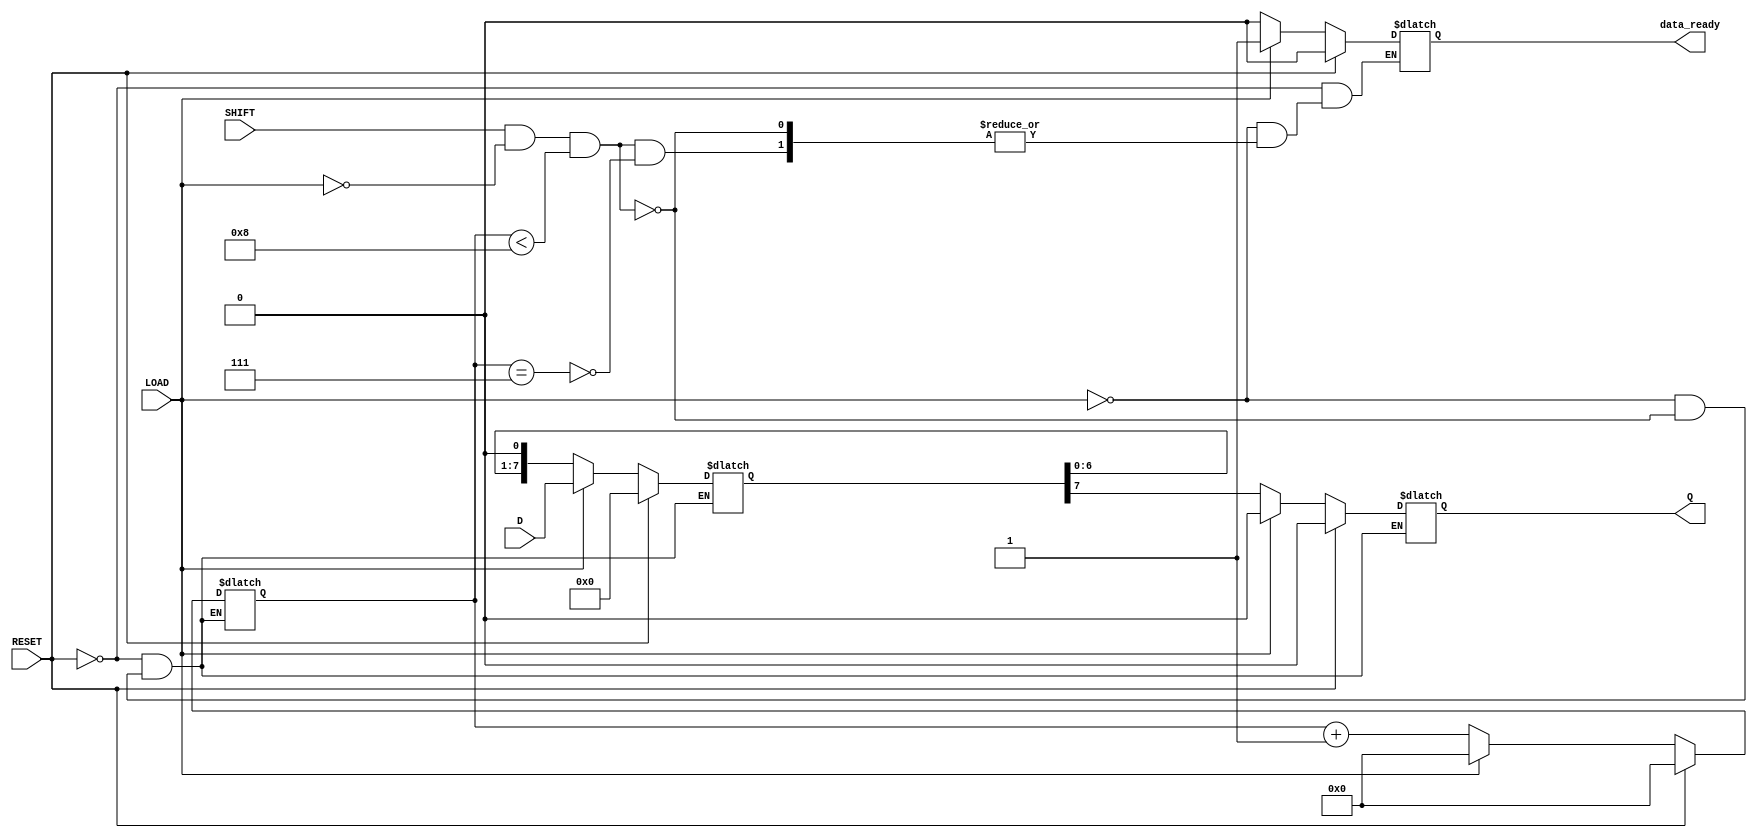
module PISO_Register #(
    parameter N = 8  // Width of the register (number of bits)
)(
    input wire [N-1:0] D,      // Parallel data inputs
    input wire LOAD,            // Load signal
    input wire SHIFT,           // Shift signal
    input wire RESET,           // Asynchronous reset
    output reg Q,               // Serial output
    output reg data_ready       // Data ready indicator (optional)
);

    reg [N-1:0] shift_reg;      // Internal shift register
    reg [3:0] bit_counter;       // Counter to track the number of bits shifted out

    // Asynchronous reset and load operation
    always @(*) begin
        if (RESET) begin
            shift_reg <= {N{1'b0}}; // Clear the shift register
            Q <= 1'b0;              // Clear the output
            data_ready <= 1'b0;     // Clear data ready indicator
            bit_counter <= 4'b0;     // Reset bit counter
        end else if (LOAD) begin
            shift_reg <= D;         // Load parallel data into the shift register
            Q <= 1'b0;              // Clear the output
            data_ready <= 1'b1;     // Set data ready indicator
            bit_counter <= 4'b0;     // Reset bit counter
        end else if (SHIFT && !LOAD && (bit_counter < N)) begin
            Q <= shift_reg[N-1];    // Shift out the MSB (most significant bit)
            shift_reg <= {shift_reg[N-2:0], 1'b0}; // Shift left
            bit_counter <= bit_counter + 1; // Increment bit counter
            if (bit_counter == N-1) begin
                data_ready <= 1'b0;  // Clear data ready indicator after all bits are shifted out
            end
        end
    end

endmodule